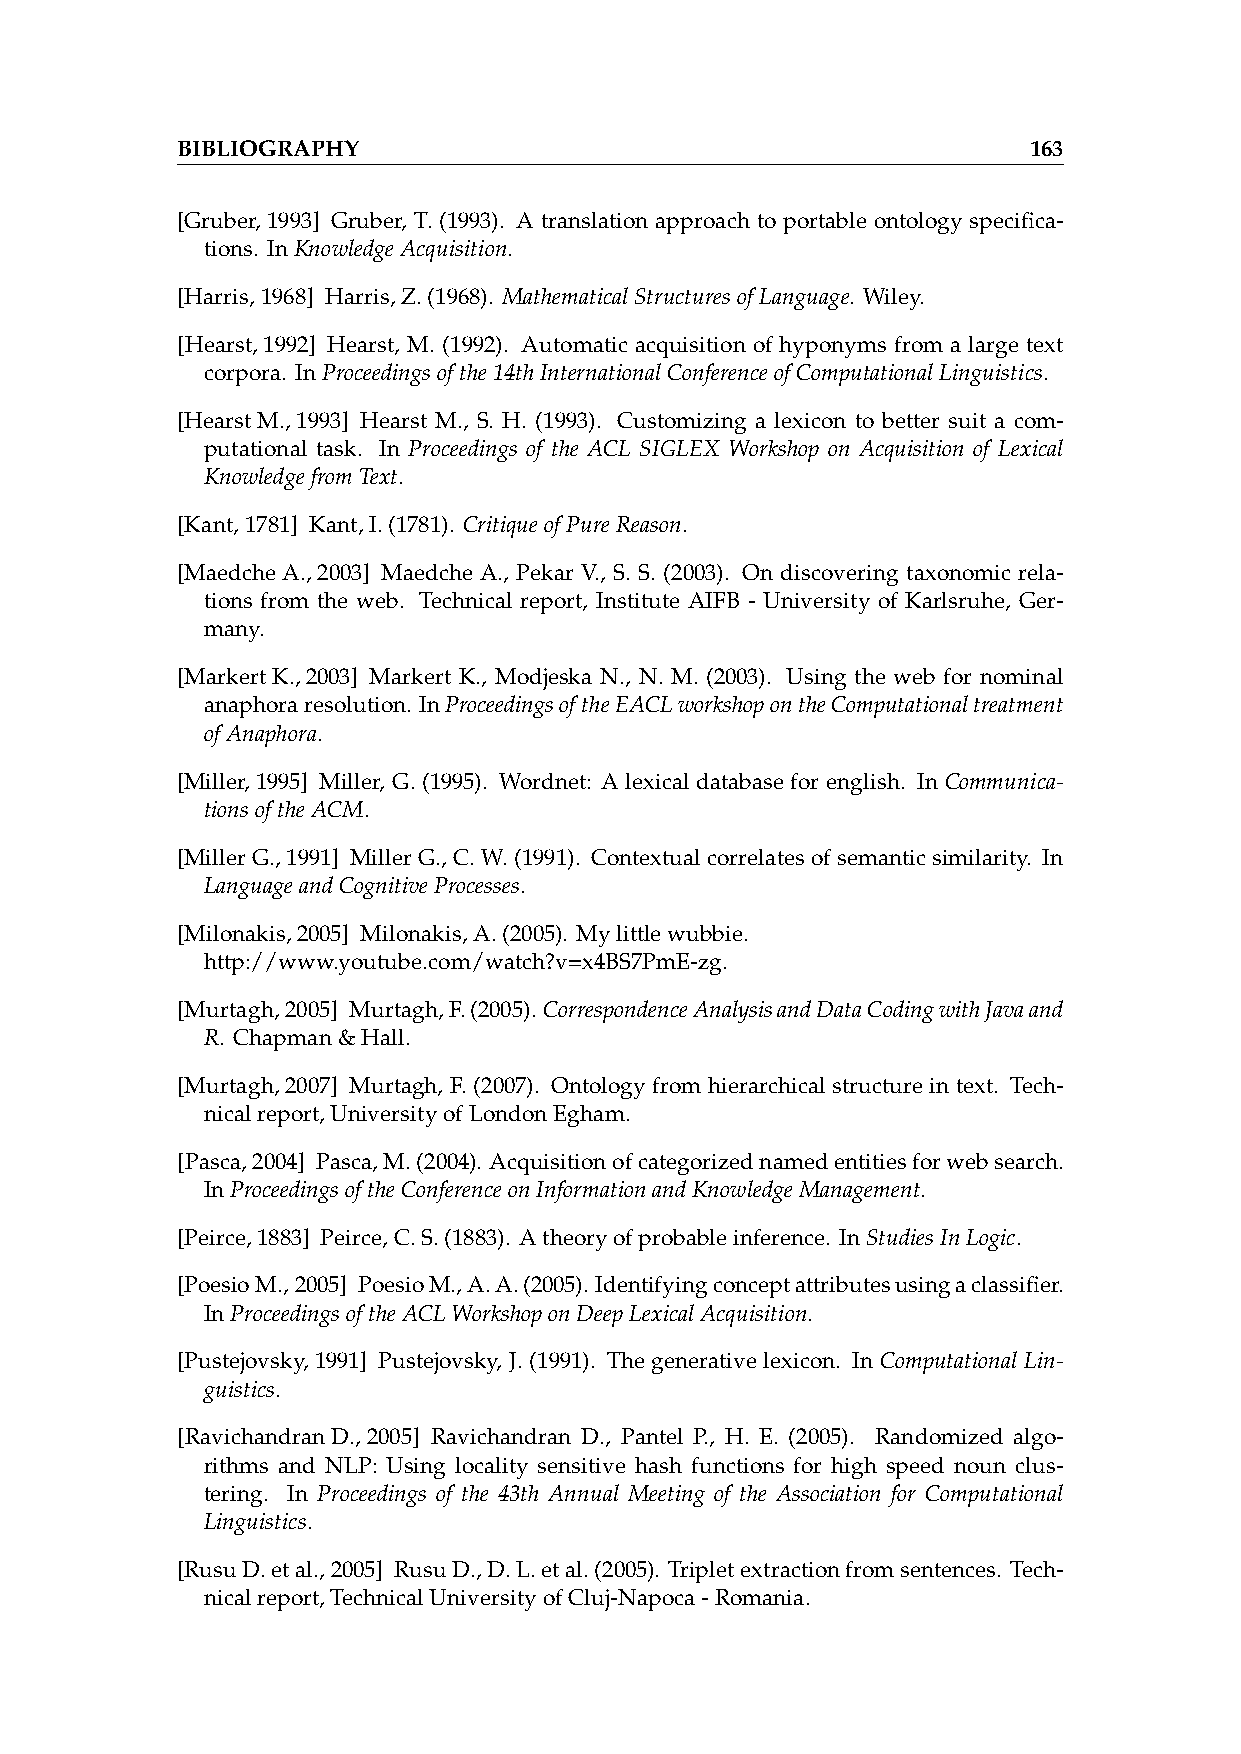
BIBLIOGRAPHY                                            163
 [Gruber,1993] Gruber, T. (1993). A translation approach to portable ontology specifica-
 tions. InKnowledgeAcquisition.
 [Harris,1968] Harris,Z.(1968). MathematicalStructuresofLanguage. Wiley.
 [Hearst,1992] Hearst, M. (1992). Automatic acquisition of hyponyms from a large text
 corpora. InProceedingsofthe14thInternationalConferenceofComputationalLinguistics.
 [HearstM.,1993] Hearst M., S. H. (1993). Customizing a lexicon to better suit a com-
 putational task. In Proceedings of the ACL SIGLEX Workshop on Acquisition of Lexical
 KnowledgefromText.
 [Kant,1781] Kant,I.(1781). CritiqueofPureReason.
 [MaedcheA.,2003] Maedche A., Pekar V., S. S. (2003). On discovering taxonomic rela-
 tions from the web. Technical report, Institute AIFB - University of Karlsruhe, Ger-
 many.
 [MarkertK.,2003] Markert K., Modjeska N., N. M. (2003). Using the web for nominal
 anaphoraresolution. InProceedingsoftheEACLworkshopontheComputationaltreatment
 ofAnaphora.
 [Miller,1995] Miller, G. (1995). Wordnet: A lexical database for english. In Communica-
 tionsoftheACM.
 [MillerG.,1991] Miller G., C. W. (1991). Contextual correlates of semantic similarity. In
 LanguageandCognitiveProcesses.
 [Milonakis,2005] Milonakis,A.(2005). Mylittlewubbie.
 http://www.youtube.com/watch?v=x4BS7PmE-zg.
 [Murtagh,2005] Murtagh,F.(2005).CorrespondenceAnalysisandDataCodingwithJavaand
 R. Chapman&Hall.
 [Murtagh,2007] Murtagh, F. (2007). Ontology from hierarchical structure in text. Tech-
 nicalreport,UniversityofLondonEgham.
 [Pasca,2004] Pasca,M.(2004). Acquisitionofcategorizednamedentitiesforwebsearch.
 InProceedingsoftheConferenceonInformationandKnowledgeManagement.
 [Peirce,1883] Peirce,C.S.(1883). Atheoryofprobableinference. InStudiesInLogic.
 [PoesioM.,2005] PoesioM.,A.A.(2005).Identifyingconceptattributesusingaclassifier.
 InProceedingsoftheACLWorkshoponDeepLexicalAcquisition.
 [Pustejovsky,1991] Pustejovsky, J. (1991). The generative lexicon. In Computational Lin-
 guistics.
 [RavichandranD.,2005] Ravichandran D., Pantel P., H. E. (2005). Randomized algo-
 rithms and NLP: Using locality sensitive hash functions for high speed noun clus-
 tering. In Proceedings of the 43th Annual Meeting of the Association for Computational
 Linguistics.
 [RusuD.etal.,2005] RusuD.,D.L.etal.(2005). Tripletextractionfromsentences. Tech-
 nicalreport,TechnicalUniversityofCluj-Napoca-Romania.